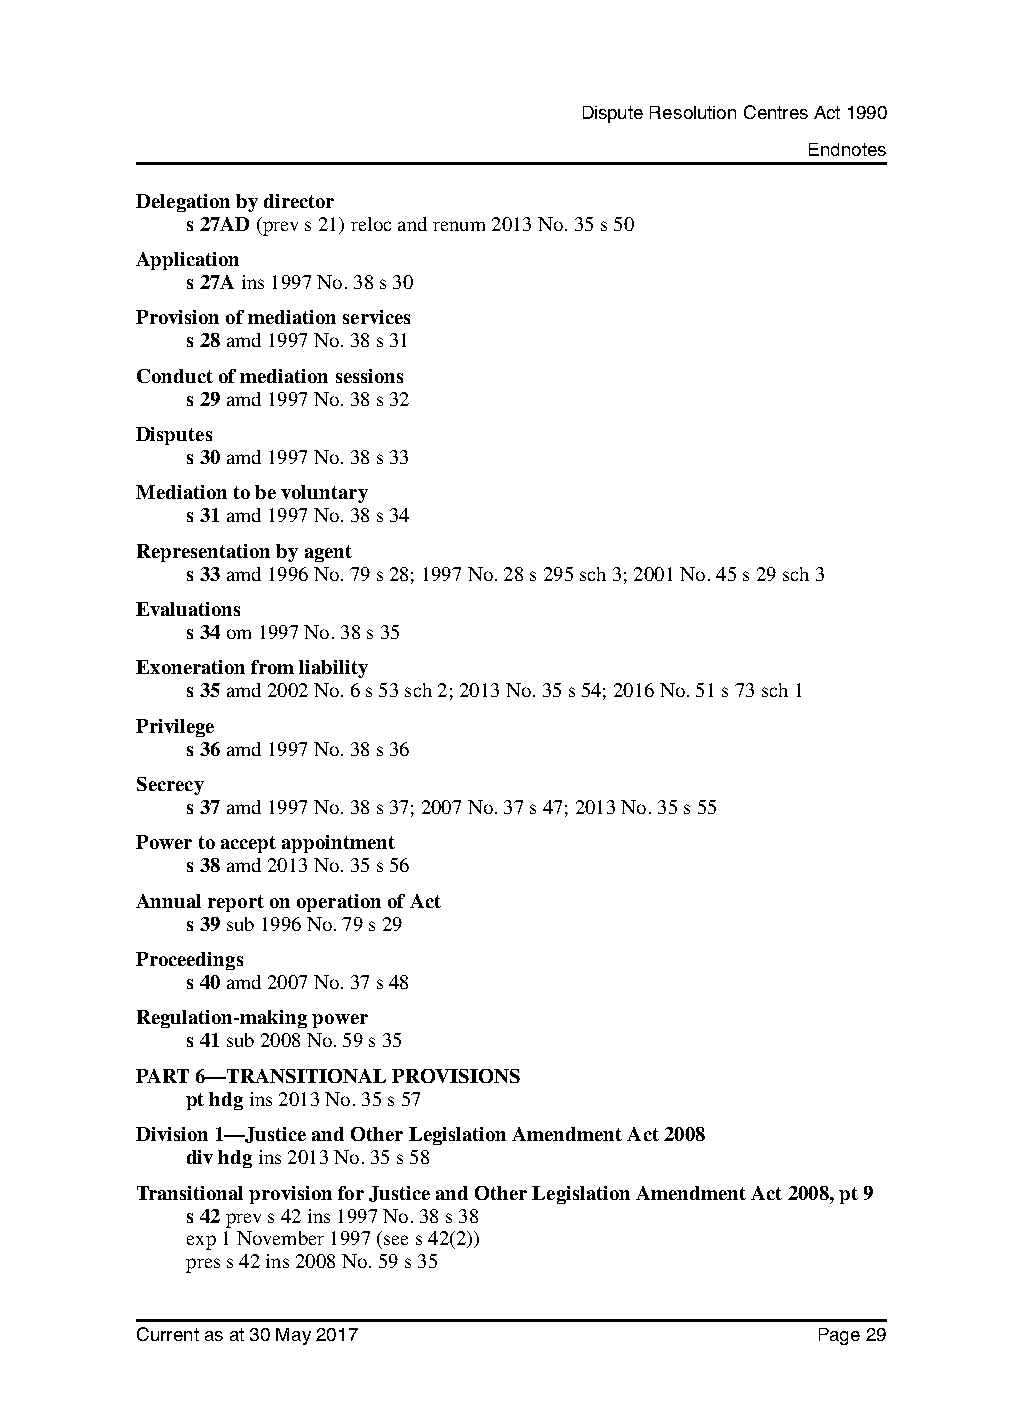
Dispute Resolution Centres Act 1990
 Endnotes
 Delegation by director
 s 27AD (prev s 21) reloc and renum 2013 No. 35 s 50
 Application
 s 27A ins 1997 No. 38 s 30
 Provision of mediation services
 s 28 amd 1997 No. 38 s 31
 Conduct of mediation sessions
 s 29 amd 1997 No. 38 s 32
 Disputes
 s 30 amd 1997 No. 38 s 33
 Mediation to be voluntary
 s 31 amd 1997 No. 38 s 34
 Representation by agent
 s 33 amd 1996 No. 79 s 28; 1997 No. 28 s 295 sch 3; 2001 No. 45 s 29 sch 3
 Evaluations
 s 34 om 1997 No. 38 s 35
 Exoneration from liability
 s 35 amd 2002 No. 6 s 53 sch 2; 2013 No. 35 s 54; 2016 No. 51 s 73 sch 1
 Privilege
 s 36 amd 1997 No. 38 s 36
 Secrecy
 s 37 amd 1997 No. 38 s 37; 2007 No. 37 s 47; 2013 No. 35 s 55
 Power to accept appointment
 s 38 amd 2013 No. 35 s 56
 Annual report on operation of Act
 s 39 sub 1996 No. 79 s 29
 Proceedings
 s 40 amd 2007 No. 37 s 48
 Regulation-making power
 s 41 sub 2008 No. 59 s 35
 PART 6—TRANSITIONAL PROVISIONS
 pt hdg ins 2013 No. 35 s 57
 Division 1—Justice and Other Legislation Amendment Act 2008
 div hdg ins 2013 No. 35 s 58
 Transitional provision for Justice and Other Legislation Amendment Act 2008, pt 9
 s 42 prev s 42 ins 1997 No. 38 s 38
 exp 1 November 1997 (see s 42(2))
 pres s 42 ins 2008 No. 59 s 35
 Current as at 30 May 2017                    Page 29